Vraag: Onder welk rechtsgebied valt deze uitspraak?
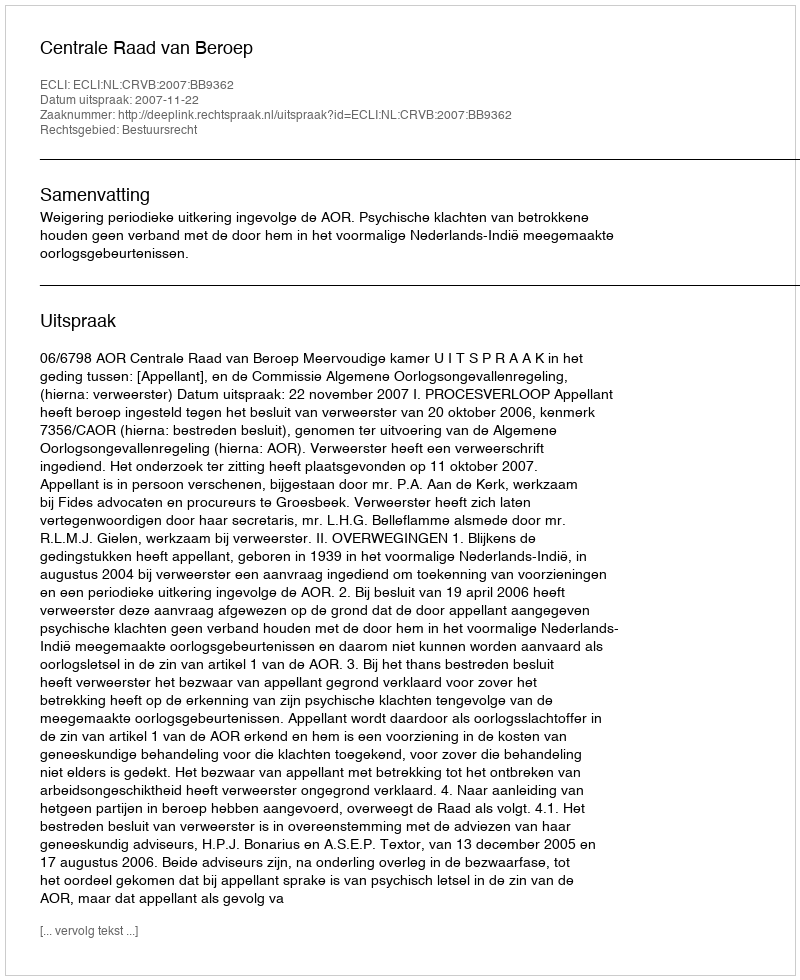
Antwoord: Bestuursrecht